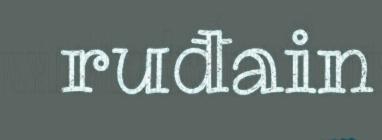
ruđain